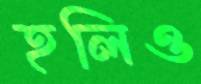
হলিও